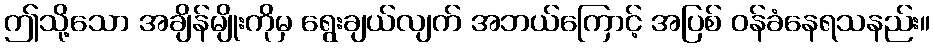
ဤသို့သော အချိန်မျိုးကိုမှ ရွေးချယ်လျက် အဘယ်ကြောင့် အပြစ် ဝန်ခံနေရသနည်း။